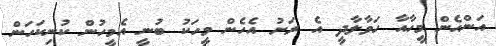
އަންހެން މީހާއާ ހަވާލާދީ އެ ރަށު އެހެން މީހަކު ބުނީ އެމީހުން ކުނިކަހަން